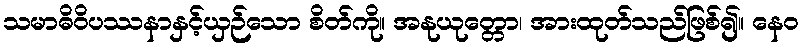
သမာဓိဝိပဿနာနှင့်ယှဉ်သော စိတ်ကို။ အနုယုတ္တော၊ အားထုတ်သည်ဖြစ်၍။ နေဝ